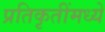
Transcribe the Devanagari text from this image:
प्रतिकृतींमध्ये